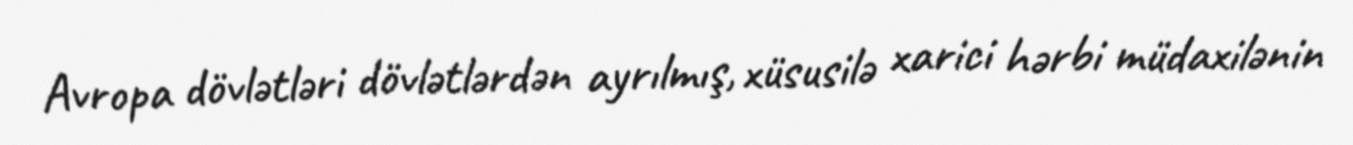
Avropa dövlətləri dövlətlərdən ayrılmış, xüsusilə xarici hərbi müdaxilənin